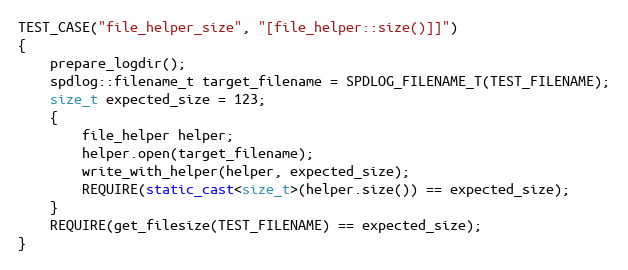
Language: C++
TEST_CASE("file_helper_size", "[file_helper::size()]]")
{
    prepare_logdir();
    spdlog::filename_t target_filename = SPDLOG_FILENAME_T(TEST_FILENAME);
    size_t expected_size = 123;
    {
        file_helper helper;
        helper.open(target_filename);
        write_with_helper(helper, expected_size);
        REQUIRE(static_cast<size_t>(helper.size()) == expected_size);
    }
    REQUIRE(get_filesize(TEST_FILENAME) == expected_size);
}